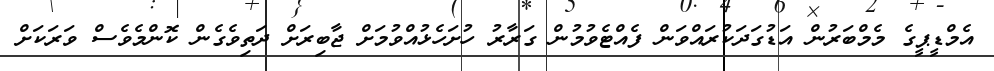
އެމްޑީޕީގެ މެމްބަރުން އަޑުގަދަކުރައްވަން ފެއްޓެވުމުން ގަރާރު ހުށަހެޅުއްވުމަށް ޖާބިރަށް ދަތިވެގެން ކޮންމެވެސް ވަރަކަށް